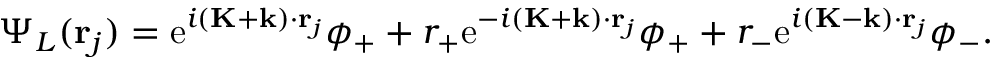
\Psi _ { L } ( \mathbf { r } _ { j } ) = \mathrm { e } ^ { i ( \mathbf { K } + \mathbf { k } ) \cdot \mathbf { r } _ { j } } \phi _ { + } + r _ { + } \mathrm { e } ^ { - i ( \mathbf { K } + \mathbf { k } ) \cdot \mathbf { r } _ { j } } \phi _ { + } + r _ { - } \mathrm { e } ^ { i ( \mathbf { K } - \mathbf { k } ) \cdot \mathbf { r } _ { j } } \phi _ { - } .